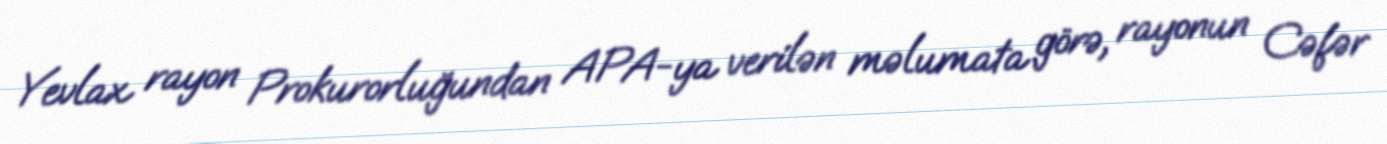
Yevlax rayon Prokurorluğundan APA-ya verilən məlumata görə, rayonun Cəfər